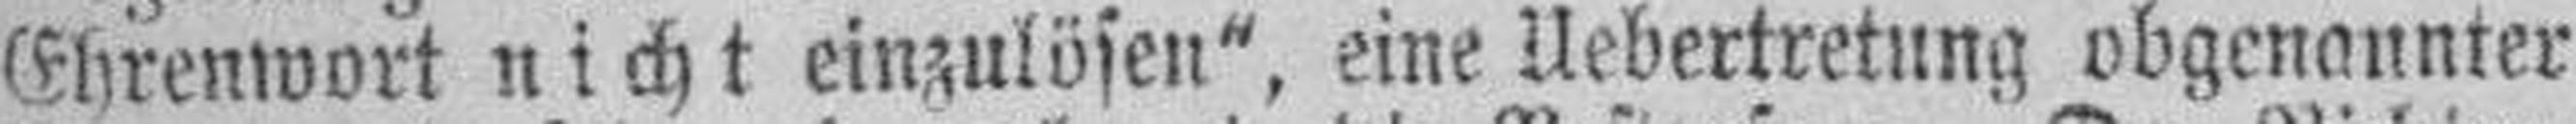
Ehrenwort nicht einzulösen“, eine Uebertretung obgenannter